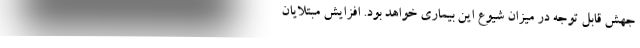
جهش قابل توجه در میزان شیوع این بیماری خواهد بود. افزایش مبتلایان